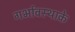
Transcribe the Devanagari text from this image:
गर्भावस्थाके